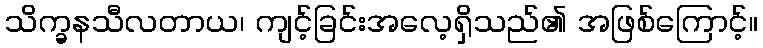
သိက္ခနသီလတာယ၊ ကျင့်ခြင်းအလေ့ရှိသည်၏ အဖြစ်ကြောင့်။